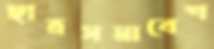
ছাত্রসমাবেশ